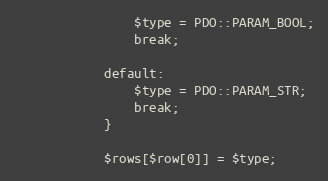
Language: PHP
                $type = PDO::PARAM_BOOL;
                break;

            default:
                $type = PDO::PARAM_STR;
                break;
            }

            $rows[$row[0]] = $type;